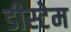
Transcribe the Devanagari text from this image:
डीस्टेम